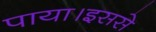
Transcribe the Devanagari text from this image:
पाया।इससे